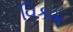
વિકમ